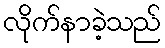
လိုက်နာခဲ့သည်